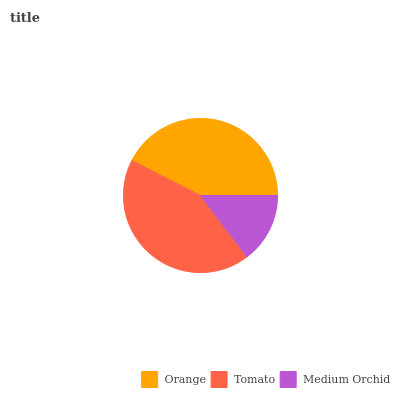
| Orange | Tomato | Medium Orchid |
 | --- | --- | --- |
 | 42.5% | 42.8% | 14.7% |